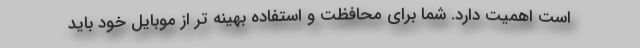
است اهمیت دارد. شما برای محافظت و استفاده بهینه تر از موبایل خود باید